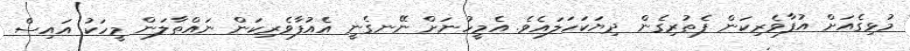
މުޅިގެއަށް އުފާވެރިކަން ފެތުރިގެން ދިޔަކަހަލައެވެ. އެމީހުނަށް ނޭނގެނީ އެއުފާވެރިކަން ނައްތާލަން މީހަކު އައިސް